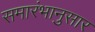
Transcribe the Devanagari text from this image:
समारंभानुसार